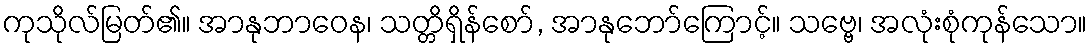
ကုသိုလ်မြတ်၏။ အာနုဘာဝေန၊ သတ္တိရှိန်စော်, အာနုဘော်ကြောင့်။ သဗ္ဗေ၊ အလုံးစုံကုန်သော။